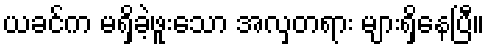
ယခင်က မရှိခဲ့ဖူးသော အလှတရား များရှိနေပြီ။